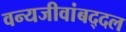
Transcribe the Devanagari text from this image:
वन्यजीवांबद्दल